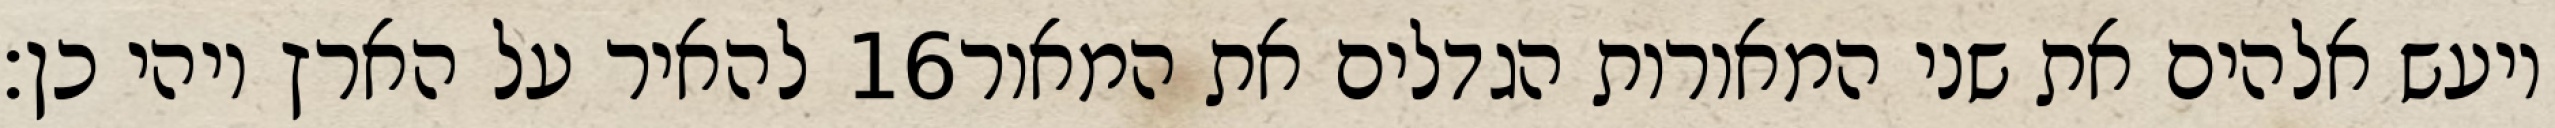
להאיר על הארץ ויהי כן׃ ‎16‏ ויעש אלהים את שני המאורות הגדלים את המאור